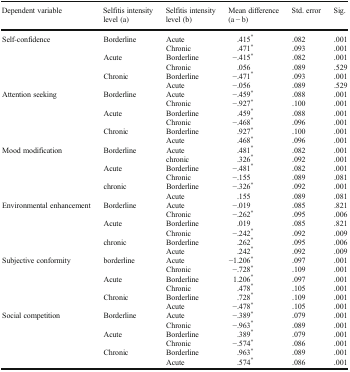
<table><thead><tr><td><b>Dependent variable</b></td><td><b>Selfitis intensity level (a)</b></td><td><b>Selfitis intensity level (b)</b></td><td><b>Mean difference (a − b)</b></td><td><b>Std. error</b></td><td><b>Sig.</b></td></tr></thead><tbody><tr><td rowspan="6">Self-confidence</td><td rowspan="2">Borderline</td><td>Acute</td><td>.415<sup>*</sup></td><td>.082</td><td>.001</td></tr><tr><td>Chronic</td><td>.471<sup>*</sup></td><td>.093</td><td>.001</td></tr><tr><td rowspan="2">Acute</td><td>Borderline</td><td>−.415<sup>*</sup></td><td>.082</td><td>.001</td></tr><tr><td>Chronic</td><td>.056</td><td>.089</td><td>.529</td></tr><tr><td rowspan="2">Chronic</td><td>Borderline</td><td>−.471<sup>*</sup></td><td>.093</td><td>.001</td></tr><tr><td>Acute</td><td>−.056</td><td>.089</td><td>.529</td></tr><tr><td rowspan="6">Attention seeking</td><td rowspan="2">Borderline</td><td>Acute</td><td>−.459<sup>*</sup></td><td>.088</td><td>.001</td></tr><tr><td>Chronic</td><td>−.927<sup>*</sup></td><td>.100</td><td>.001</td></tr><tr><td rowspan="2">Acute</td><td>Borderline</td><td>.459<sup>*</sup></td><td>.088</td><td>.001</td></tr><tr><td>Chronic</td><td>−.468<sup>*</sup></td><td>.096</td><td>.001</td></tr><tr><td rowspan="2">Chronic</td><td>Borderline</td><td>.927<sup>*</sup></td><td>.100</td><td>.001</td></tr><tr><td>Acute</td><td>.468<sup>*</sup></td><td>.096</td><td>.001</td></tr><tr><td rowspan="6">Mood modification</td><td rowspan="2">Borderline</td><td>Acute</td><td>.481<sup>*</sup></td><td>.082</td><td>.001</td></tr><tr><td>chronic</td><td>.326<sup>*</sup></td><td>.092</td><td>.001</td></tr><tr><td rowspan="2">Acute</td><td>Borderline</td><td>−.481<sup>*</sup></td><td>.082</td><td>.001</td></tr><tr><td>Chronic</td><td>−.155</td><td>.089</td><td>.081</td></tr><tr><td rowspan="2">chronic</td><td>Borderline</td><td>−.326<sup>*</sup></td><td>.092</td><td>.001</td></tr><tr><td>Acute</td><td>.155</td><td>.089</td><td>.081</td></tr><tr><td rowspan="6">Environmental enhancement</td><td rowspan="2">Borderline</td><td>Acute</td><td>−.019</td><td>.085</td><td>.821</td></tr><tr><td>Chronic</td><td>−.262<sup>*</sup></td><td>.095</td><td>.006</td></tr><tr><td rowspan="2">Acute</td><td>Borderline</td><td>.019</td><td>.085</td><td>.821</td></tr><tr><td>Chronic</td><td>−.242<sup>*</sup></td><td>.092</td><td>.009</td></tr><tr><td rowspan="2">chronic</td><td>Borderline</td><td>.262<sup>*</sup></td><td>.095</td><td>.006</td></tr><tr><td>Acute</td><td>.242<sup>*</sup></td><td>.092</td><td>.009</td></tr><tr><td rowspan="6">Subjective conformity</td><td rowspan="2">borderline</td><td>Acute</td><td>−1.206<sup>*</sup></td><td>.097</td><td>.001</td></tr><tr><td>Chronic</td><td>−.728<sup>*</sup></td><td>.109</td><td>.001</td></tr><tr><td rowspan="2">Acute</td><td>Borderline</td><td>1.206<sup>*</sup></td><td>.097</td><td>.001</td></tr><tr><td>Chronic</td><td>.478<sup>*</sup></td><td>.105</td><td>.001</td></tr><tr><td rowspan="2">Chronic</td><td>Borderline</td><td>.728<sup>*</sup></td><td>.109</td><td>.001</td></tr><tr><td>Acute</td><td>−.478<sup>*</sup></td><td>.105</td><td>.001</td></tr><tr><td rowspan="6">Social competition</td><td rowspan="2">Borderline</td><td>Acute</td><td>−.389<sup>*</sup></td><td>.079</td><td>.001</td></tr><tr><td>Chronic</td><td>−.963<sup>*</sup></td><td>.089</td><td>.001</td></tr><tr><td rowspan="2">Acute</td><td>Borderline</td><td>.389<sup>*</sup></td><td>.079</td><td>.001</td></tr><tr><td>Chronic</td><td>−.574<sup>*</sup></td><td>.086</td><td>.001</td></tr><tr><td rowspan="2">Chronic</td><td>Borderline</td><td>.963<sup>*</sup></td><td>.089</td><td>.001</td></tr><tr><td>Acute</td><td>.574<sup>*</sup></td><td>.086</td><td>.001</td></tr></tbody></table>